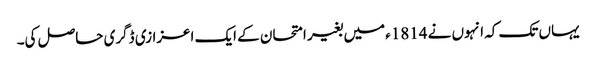
یہاں تک کہ انہوں نے 1814ء میں بغیر امتحان کے ایک اعزازی ڈگری حاصل کی۔